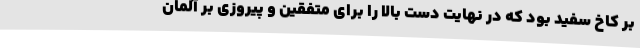
بر کاخ سفید بود که در نهایت دست بالا را برای متفقین و پیروزی بر آلمان